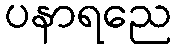
ပနာရညေ